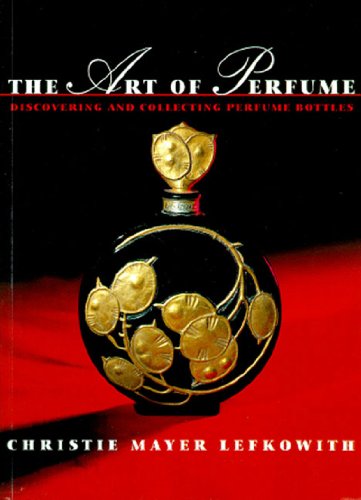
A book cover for The Art of Perfume: Discovering and Collecting Perfume Bottles; Christie Mayer Lefkowith; Crafts, Hobbies & Home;